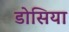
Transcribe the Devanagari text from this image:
डोसिया